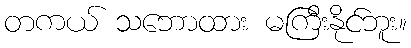
တကယ် သဘောထား မကြီးနိုင်ဘူး။